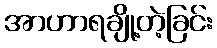
အာဟာရချို့တဲ့ခြင်း